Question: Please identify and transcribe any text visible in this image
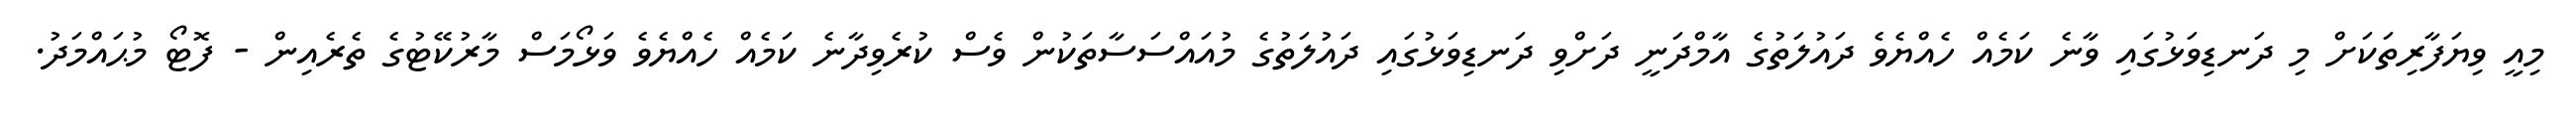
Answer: މިއީ ވިޔަފާރިތަކަށް މި ދަނޑިވަޅުގައި ވާނެ ކަމެއް ހެއްޔެވެ ދައުލަތުގެ އާމްދަނީ ދަށްވި ދަނޑިވަޅުގައި ދައުލަތުގެ މުއައްސަސާތަކުން ވެސް ކުރެވިދާނެ ކަމެއް ހެއްޔެވެ ވަޅޯމަސް މާރުކޭޓުގެ ތެރެއިން - ފޮޓޯ މުޙައްމަދު.